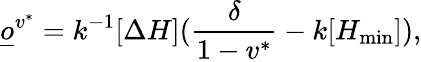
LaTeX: \underline{o}^{v^{*}}=k^{-1}[\Delta H](\frac{\delta}{1-v^{*}}-k[H_{\operatorname*{min}}]),